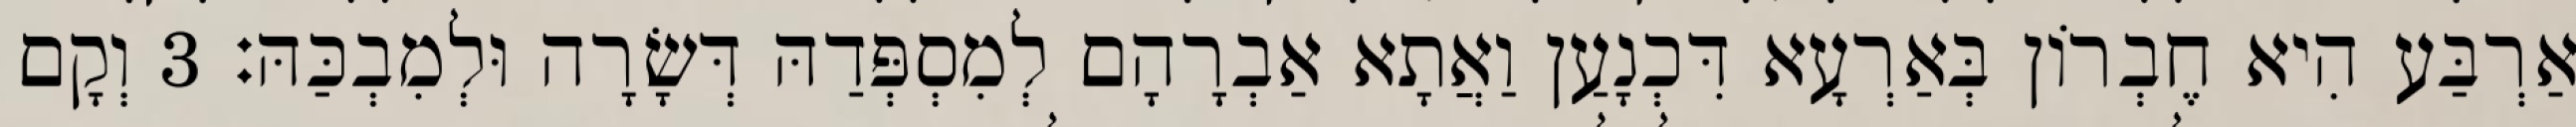
אַרְבַּע הִיא חֶבְרוֹן בְּאַרְעָא דִּכְנָעַן וַאֲתָא אַבְרָהָם לְמִסְפְּדַהּ דְּשָׂרָה וּלְמִבְכַּהּ׃ 3 וְקָם